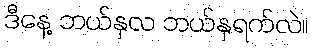
ဒီနေ့ ဘယ်နှလ ဘယ်နှရက်လဲ။